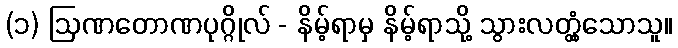
(၁) ဩဏတောဏပုဂ္ဂိုလ် - နိမ့်ရာမှ နိမ့်ရာသို့ သွားလတ္တံ့သောသူ။